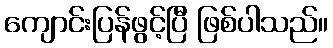
ကျောင်းပြန်ဖွင့်ပြီ ဖြစ်ပါသည်။